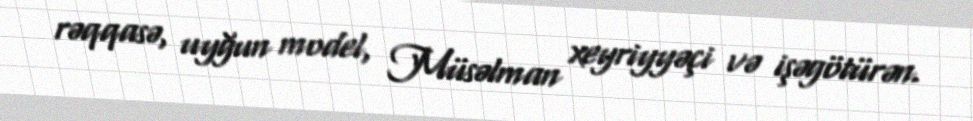
rəqqasə, uyğun model, Müsəlman xeyriyyəçi və işəgötürən.